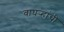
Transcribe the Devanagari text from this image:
वाघऱ्‍हांची